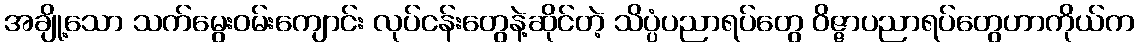
အချို့သော သက်မွေးဝမ်းကျောင်း လုပ်ငန်းတွေနဲ့ဆိုင်တဲ့ သိပ္ပံပညာရပ်တွေ ဝိဇ္ဇာပညာရပ်တွေဟာကိုယ်က